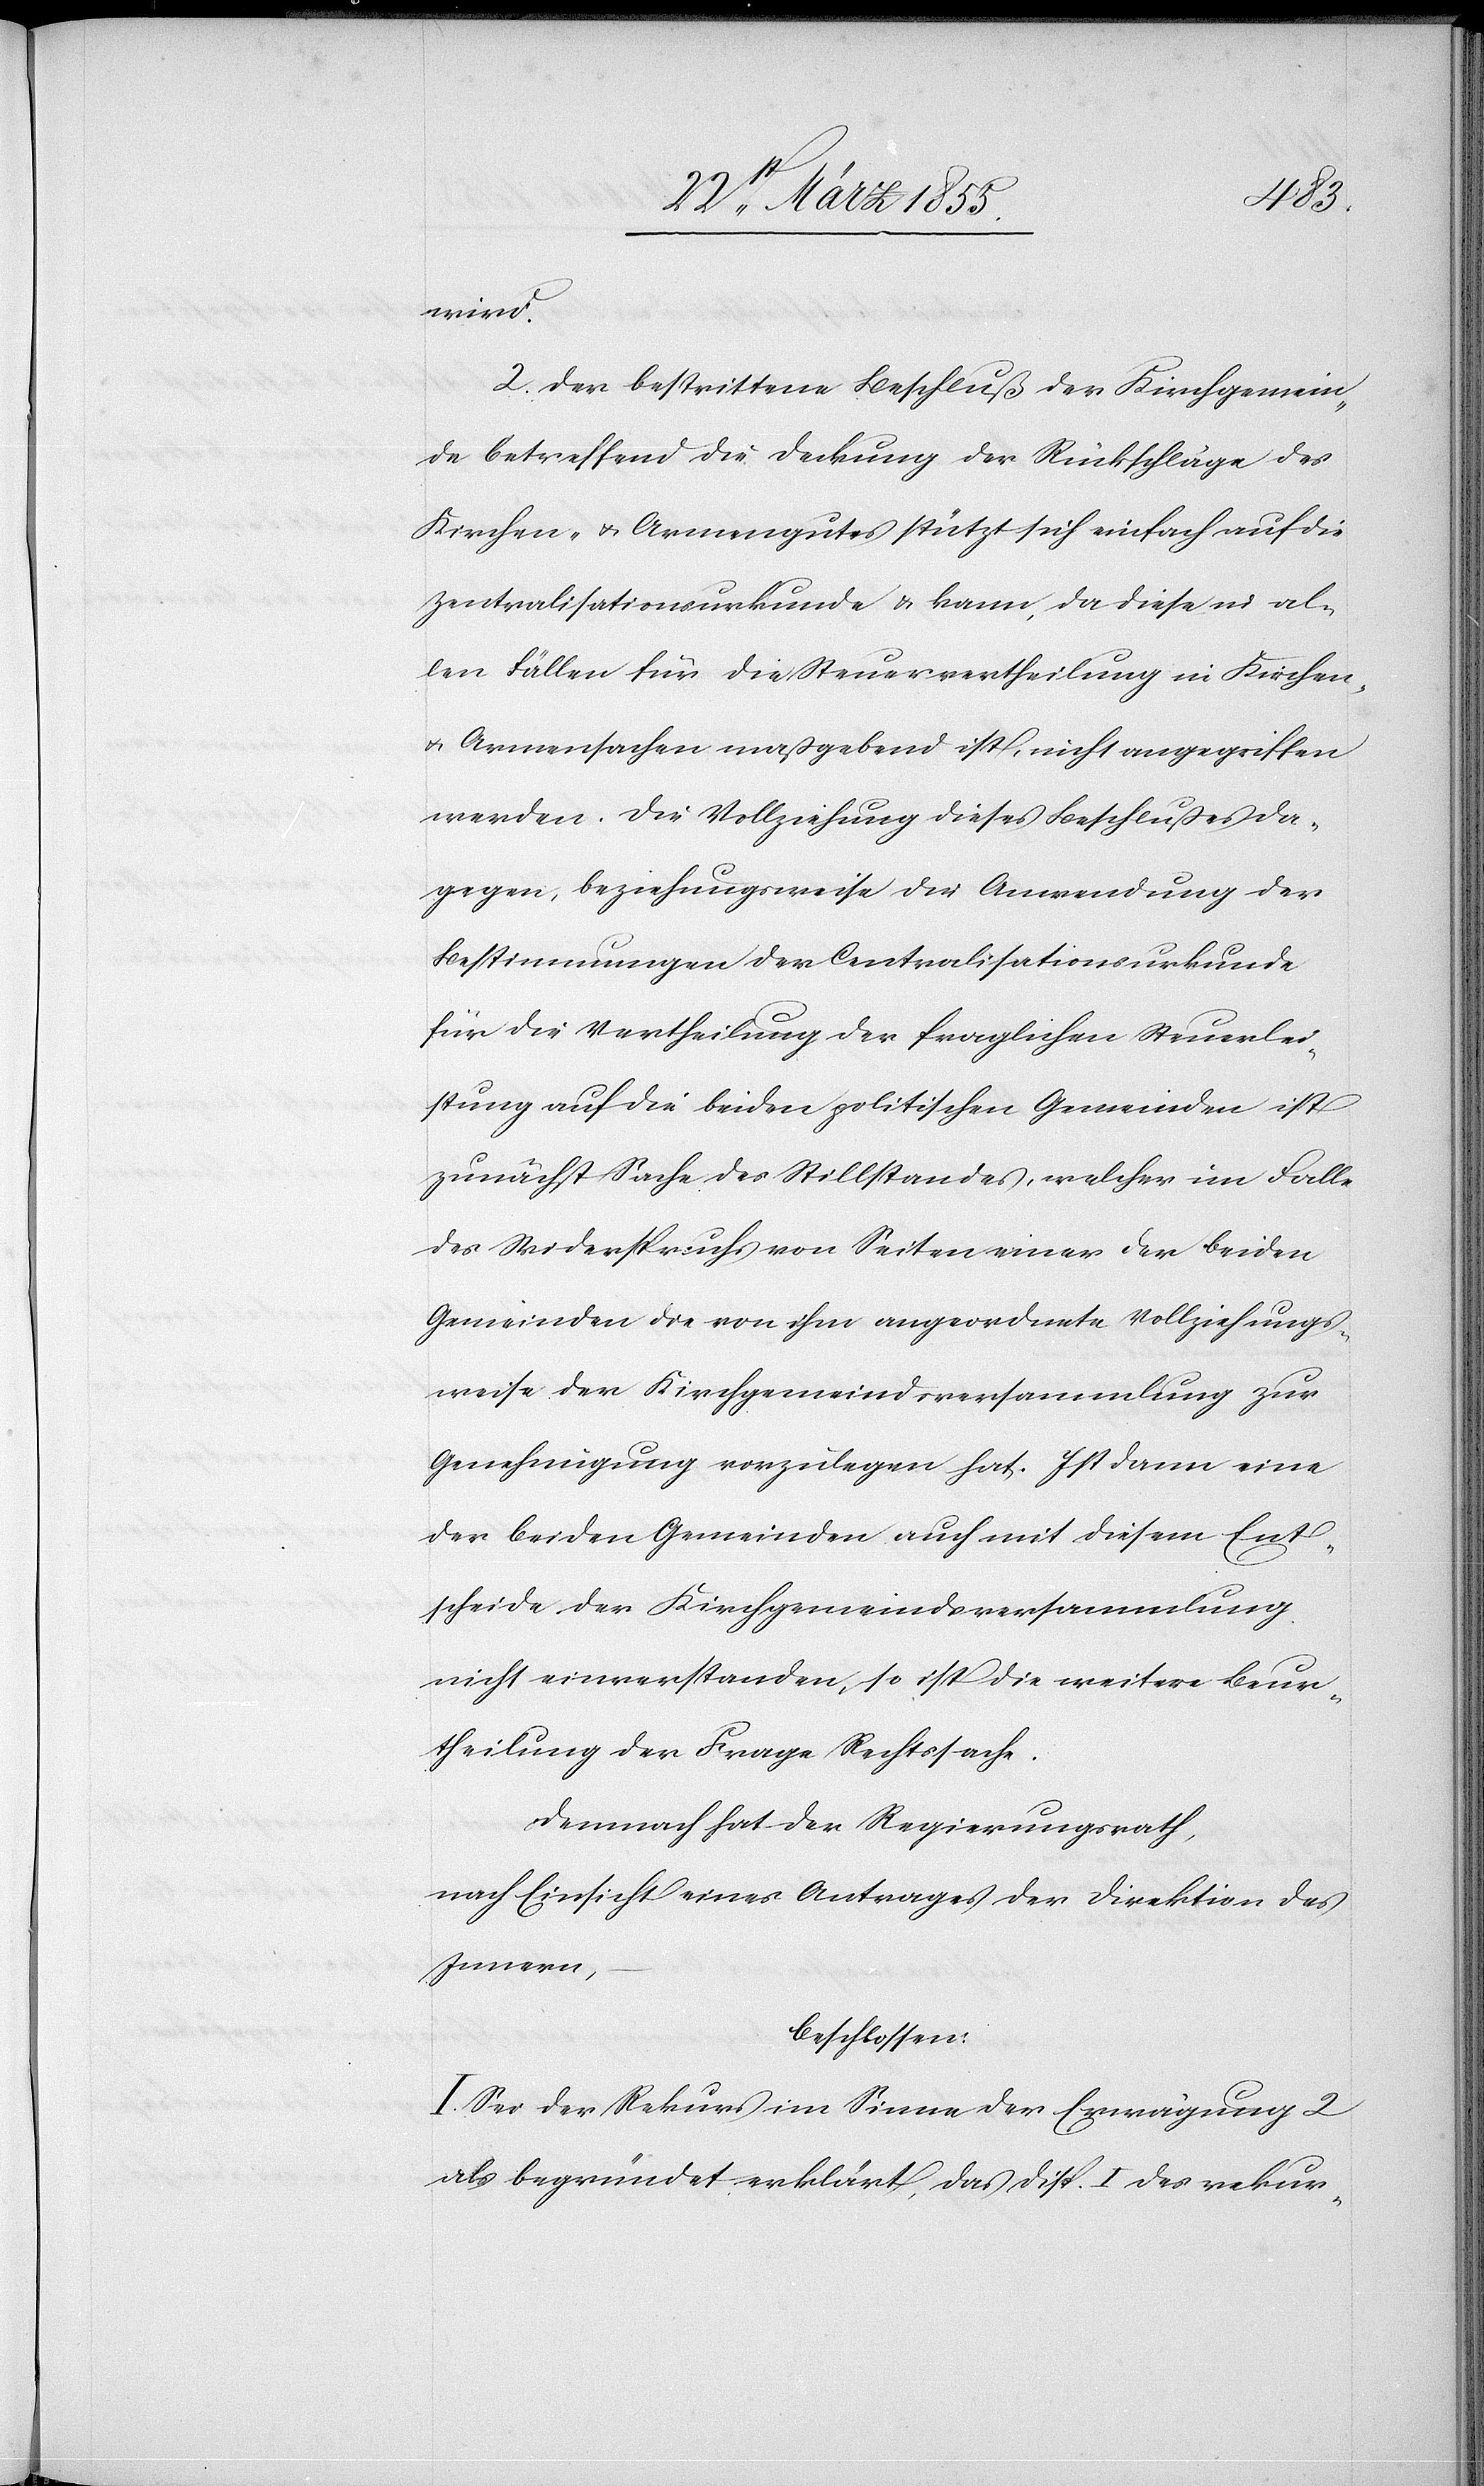
wird.
2. Der bestrittene Beschluß der Kirchgemein¬
de betreffend die Deckung der Rückschläge des
Kirchen- & Armengutes stützt sich einfach auf die
Zentralisationsurkunde & kann, da diese in al¬
len Fällen für die Steuervertheilung in Kirchen-
& Armensachen maßgebend ist, nicht angegriffen
werden. Die Vollziehung dieses Beschlußes da¬
gegen, beziehungsweise die Anwendung der
Bestimmungen der Centralisationsurkunde
für die Vertheilung der fraglichen Steuerlei¬
stung auf die beiden politischen Gemeinden ist
zunächst Sache des Stillstandes, welcher im Falle
des Widerspruchs von Seiten einer der beiden
Gemeinden die von ihm angeordnete Vollziehungs¬
weise der Kirchgemeindsversammlung zur
Genehmigung vorzulegen hat. Ist dann eine
der beiden Gemeinden auch mit diesem Ent¬
scheide der Kirchgemeindsversammlung
nicht einverstanden, so ist die weitere Beur¬
theilung der Frage Rechtssache.
Demnach hat der Regierungsrath,
nach Einsicht eines Antrages der Direktion des
Innern,
beschlossen:
I. Sei der Rekurs im Sinne der Erwägung 2
als begründet erklärt, das Disp. I des rekur-